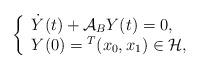
LaTeX: \begin{align*} \left\{\begin{array}{ll}\dot{Y}(t) + {\mathcal A}_{B} Y(t)=0,\\ Y(0)={}^T(x_0,x_1)\in {\mathcal H},\end{array}\right.\end{align*}